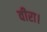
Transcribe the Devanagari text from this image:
वीरा।